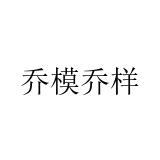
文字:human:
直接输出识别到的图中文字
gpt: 乔模乔样